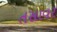
તસાવર